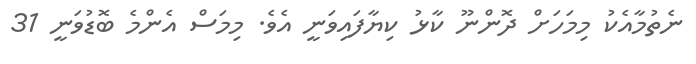
ނެތުމާއެކު މިމަހަށް ދޮންނޫ ކާޅު ކިޔާފައިވަނީ އެވެ. މިމަސް އެންމެ ބޮޑުވަނީ 31